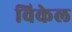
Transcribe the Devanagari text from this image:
विकेल